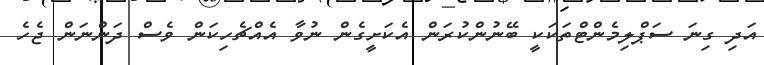
އަދި ގިނަ ސަޕްލިމެންޓްތަކަކީ ބޭނުންކުރަން އެކަށީގެން ނުވާ އެއްޗެހިކަން ވެސް ދަންނަން ޖެހެ